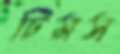
টিমস্